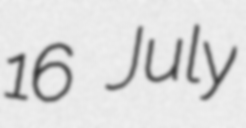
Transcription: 16 July